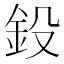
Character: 鈠